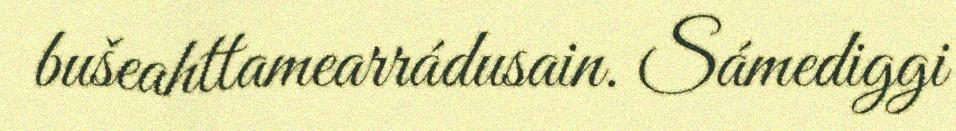
bušeahttamearrádusain. Sámediggi